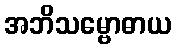
အဘိသမ္ဗောဓာယ